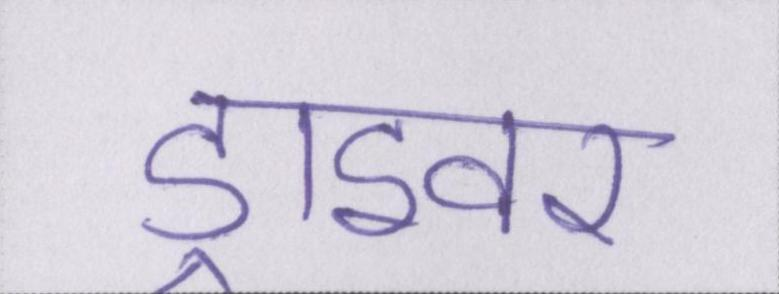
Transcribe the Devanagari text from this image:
ड्राइवर